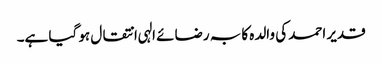
قدیر احمد کی والدہ کا بہ رضائے الہی انتقال ہو گیا ہے۔